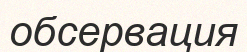
обсервация